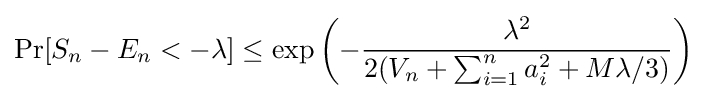
\Pr[S_{n}-E_{n}<-\lambda ]\leq \exp \left(-{\frac {\lambda ^{2}}{2(V_{n}+\sum _{i=1}^{n}a_{i}^{2}+M\lambda /3)}}\right)